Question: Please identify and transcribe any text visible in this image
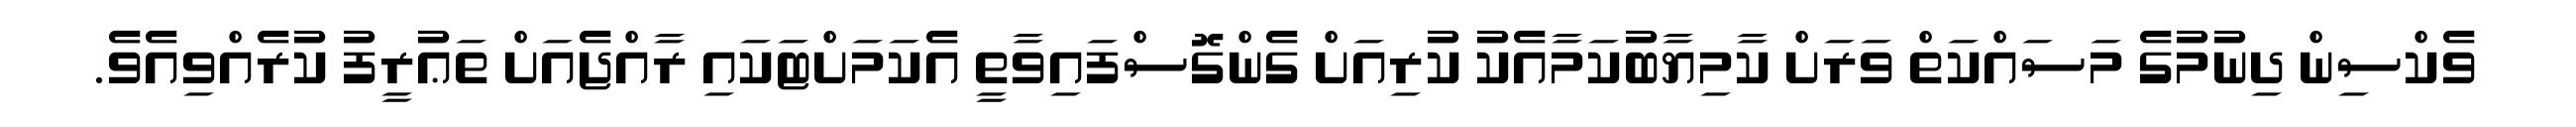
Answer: ވެކްސިން ދިނުމުގެ މަސައްކަތް ވަރަށް ކާމިޔާބުކަމާއެކު ކުރިއަށް ގެންގޮސްފައިވާތީ އެކަމަށްޓަކައި ރާއްޖެއަށް ތަޢުރީފު ކުރެއްވިއެވެ.